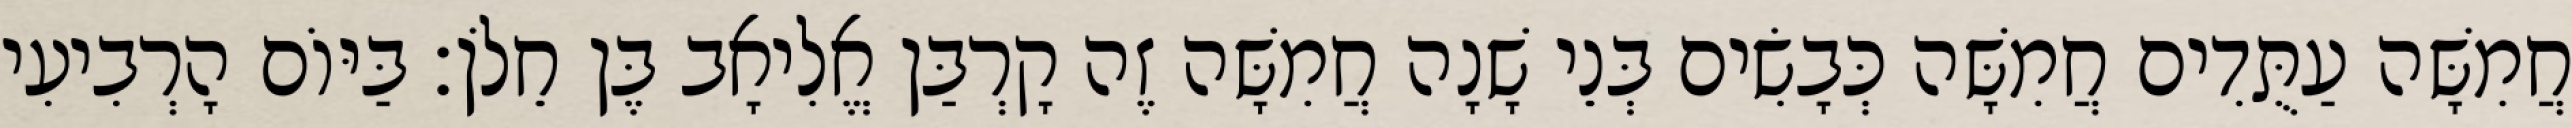
חֲמִשָּׁה עַתֻּדִים חֲמִשָּׁה כְּבָשִׂים בְּנֵי שָׁנָה חֲמִשָּׁה זֶה קָרְבַּן אֱלִיאָב בֶּן חֵלֹן׃ בַּיּוֹם הָרְבִיעִי